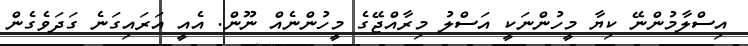
އިސްލާމުންނޭ ކިޔާ މީހުންނަކީ އަސްލު މިރާއްޖޭގެ މީހުންނެއް ނޫން. އެއީ އަރައިގަނެ ގަދަވެގެން